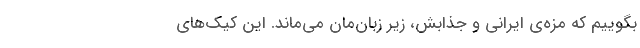
بگوییم که مزه‌ی ایرانی و جذابش، زیر زبان‌مان می‌ماند. این کیک‌های